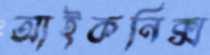
আইকনিক্স